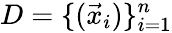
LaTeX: D=\{ (\vec{x}_{i})\} _{i=1}^{n}